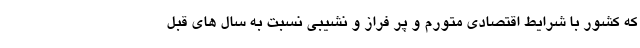
که کشور با شرایط اقتصادی متورم و پر فراز و نشیبی نسبت به سال های قبل